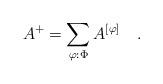
LaTeX: \begin{align*}A^+ = \sum_{\varphi: \Phi} A^{[\varphi]}\quad.\end{align*}